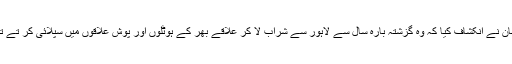
ملزمان نے انکشاف کیا کہ وہ گزشتہ بارہ سال سے لاہور سے شراب لا کر علاقے بھر کے ہوٹلوں اور پوش علاقوں میں سپلائی کر تے تھے۔